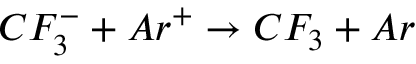
C F _ { 3 } ^ { - } + A r ^ { + } \rightarrow C F _ { 3 } + A r